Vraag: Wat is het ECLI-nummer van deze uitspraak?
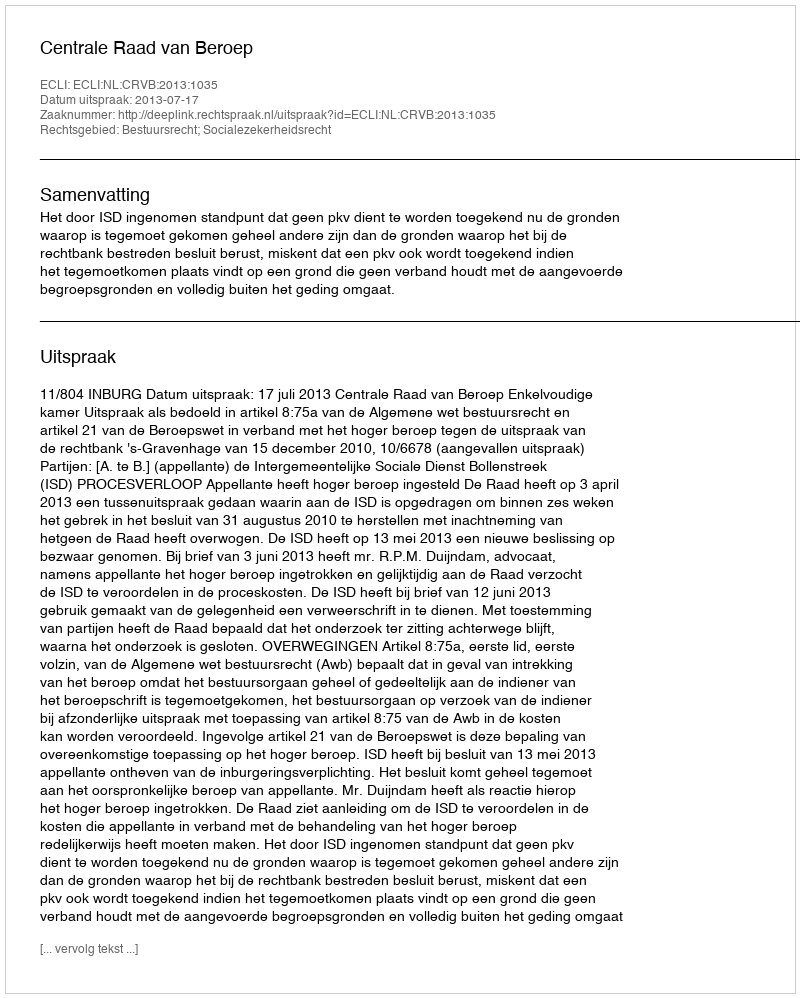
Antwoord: ECLI:NL:CRVB:2013:1035